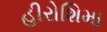
હીરોશિમા